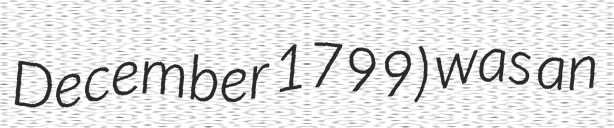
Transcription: December 1799) was an